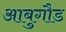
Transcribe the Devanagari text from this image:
आबुगौड